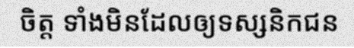
ចិត្ត ទាំងមិនដែលឲ្យទស្សនិកជន